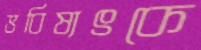
ভবিষ্যৎকে